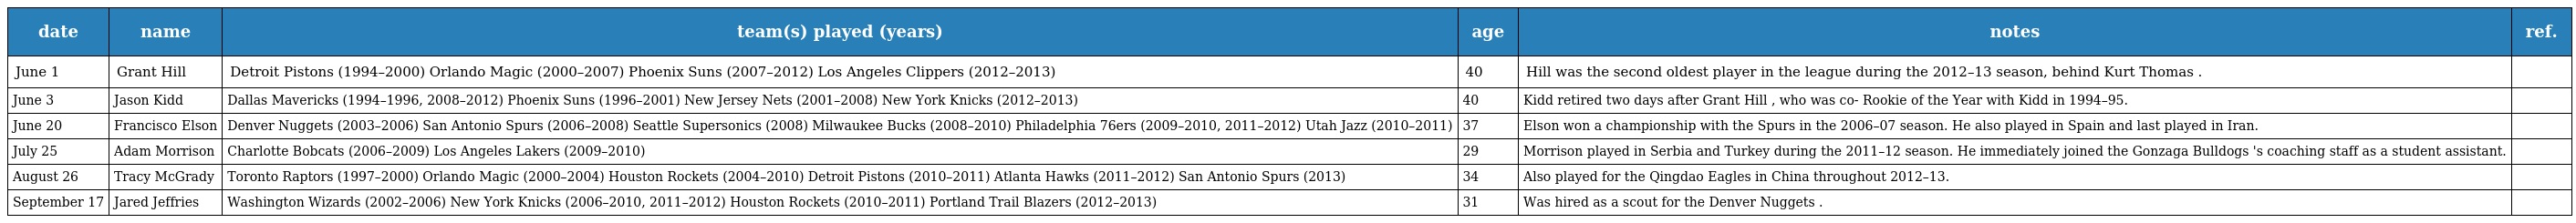
| date | name | team(s) played (years) | age | notes | ref. |
 | --- | --- | --- | --- | --- | --- |
 | June 1 | Grant Hill | Detroit Pistons (1994–2000) Orlando Magic (2000–2007) Phoenix Suns (2007–2012) Los Angeles Clippers (2012–2013) | 40 | Hill was the second oldest player in the league during the 2012–13 season, behind Kurt Thomas . |  |
 | June 3 | Jason Kidd | Dallas Mavericks (1994–1996, 2008–2012) Phoenix Suns (1996–2001) New Jersey Nets (2001–2008) New York Knicks (2012–2013) | 40 | Kidd retired two days after Grant Hill , who was co- Rookie of the Year with Kidd in 1994–95. |  |
 | June 20 | Francisco Elson | Denver Nuggets (2003–2006) San Antonio Spurs (2006–2008) Seattle Supersonics (2008) Milwaukee Bucks (2008–2010) Philadelphia 76ers (2009–2010, 2011–2012) Utah Jazz (2010–2011) | 37 | Elson won a championship with the Spurs in the 2006–07 season. He also played in Spain and last played in Iran. |  |
 | July 25 | Adam Morrison | Charlotte Bobcats (2006–2009) Los Angeles Lakers (2009–2010) | 29 | Morrison played in Serbia and Turkey during the 2011–12 season. He immediately joined the Gonzaga Bulldogs 's coaching staff as a student assistant. |  |
 | August 26 | Tracy McGrady | Toronto Raptors (1997–2000) Orlando Magic (2000–2004) Houston Rockets (2004–2010) Detroit Pistons (2010–2011) Atlanta Hawks (2011–2012) San Antonio Spurs (2013) | 34 | Also played for the Qingdao Eagles in China throughout 2012–13. |  |
 | September 17 | Jared Jeffries | Washington Wizards (2002–2006) New York Knicks (2006–2010, 2011–2012) Houston Rockets (2010–2011) Portland Trail Blazers (2012–2013) | 31 | Was hired as a scout for the Denver Nuggets . |  |